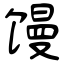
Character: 馒